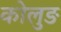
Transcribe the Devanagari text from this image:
कोलुङ